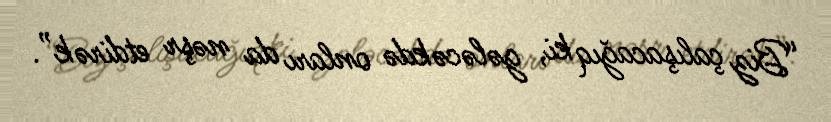
“Biz çalışacağıq ki, gələcəkdə onları da nəşr etdirək”.